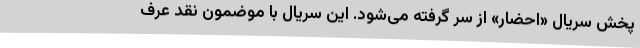
پخش سریال «احضار» از سر گرفته می‌شود. این سریال با موضمون نقد عرف